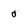
Character: 0